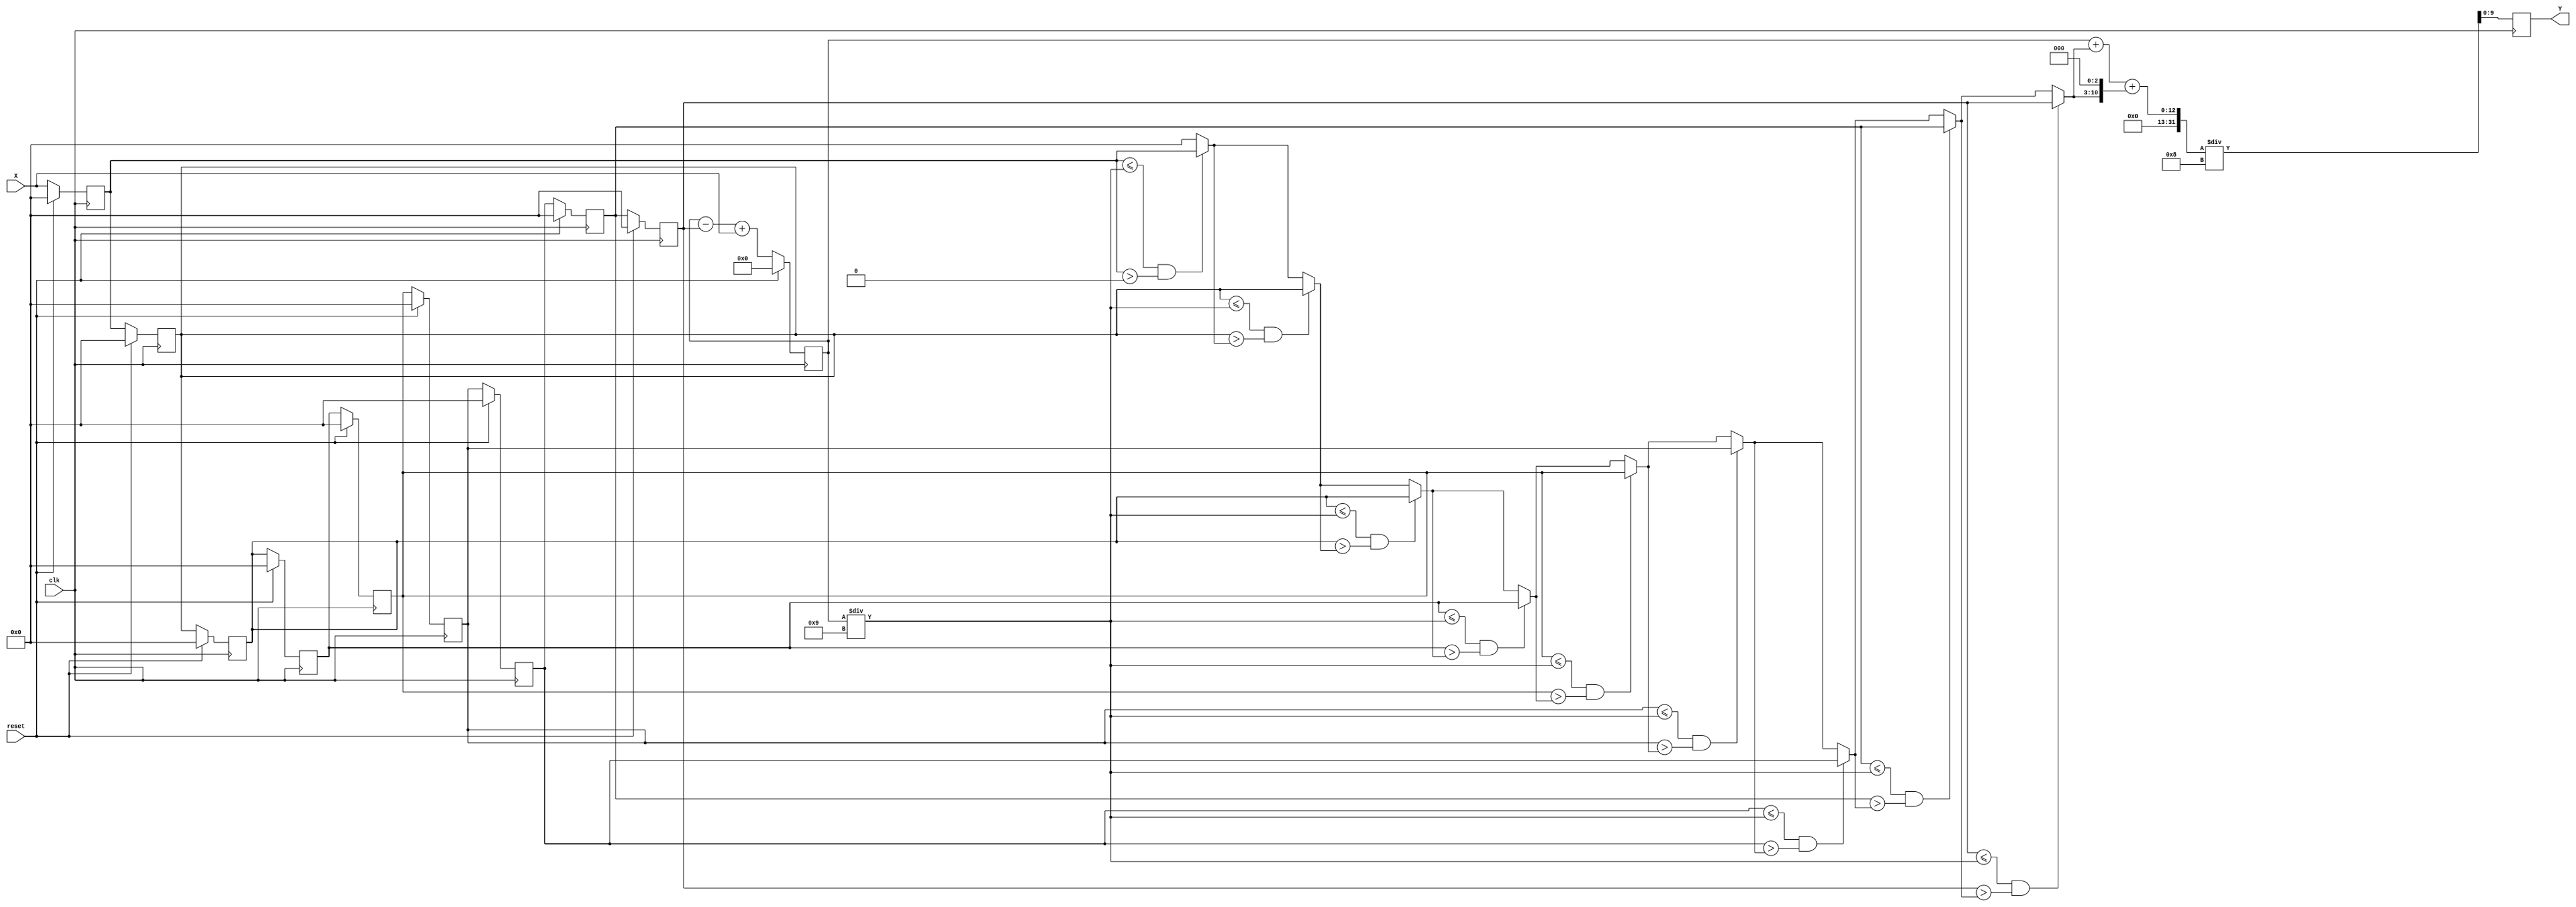
`timescale 1ns/10ps
/*
 * IC Contest Computational System (CS)
*/
module CS(Y, X, reset, clk);
input clk, reset; 
input 	[7:0] X;
output reg [9:0] Y;
reg [10:0] sum=0;
reg [7:0] XS[8:0];   //X serious (8bits*9)
reg [7:0] Xappr;
reg [4:0] i;
always@(posedge clk)begin
  if(reset)
    begin
      for(i=0;i<9;i=i+1)
        XS[i]<=0;
      sum<=0;
    end
  else
    begin
      sum<=sum-XS[8]+X;
      for(i=8;i>0;i=i-1)
        XS[i]<=XS[i-1];
      XS[0]<=X;
      
      //Y<=((sum+Xappr)+(Xappr<<3))/8;
    end
end
always @(negedge clk)
begin
  Xappr=0;
  for(i=0;i<9;i=i+1)begin        //Find out Xappr
      if(XS[i]<=sum/9&&XS[i]>Xappr)begin  
        Xappr=XS[i];
      end
    end
    //#0.5
    Y=((sum+Xappr)+(Xappr<<3))/8;
end
endmodule